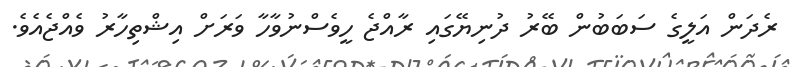
ރެދަން އަލީގެ ސަބަބުން ބޭރު ދުނިޔޭގައި ރާއްޖެ ހީވެސްނުވާހާ ވަރަށް އިޝްތިހާރު ވެއްޖެއެވެ.